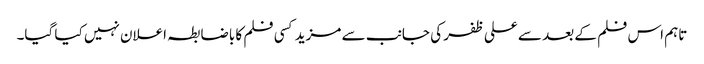
تاہم اس فلم کے بعد سے علی ظفر کی جانب سے مزید کسی فلم کا باضابطہ اعلان نہیں کیا گیا۔